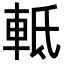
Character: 軧